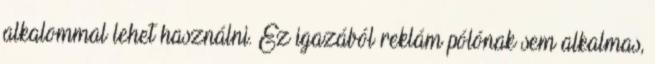
alkalommal lehet használni. Ez igazából reklám pólónak sem alkalmas,